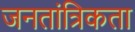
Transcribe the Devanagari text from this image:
जनतांत्रिकता